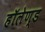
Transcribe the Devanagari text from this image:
हॉलेण्ड